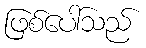
ဖြစ်ပေါ်သည်